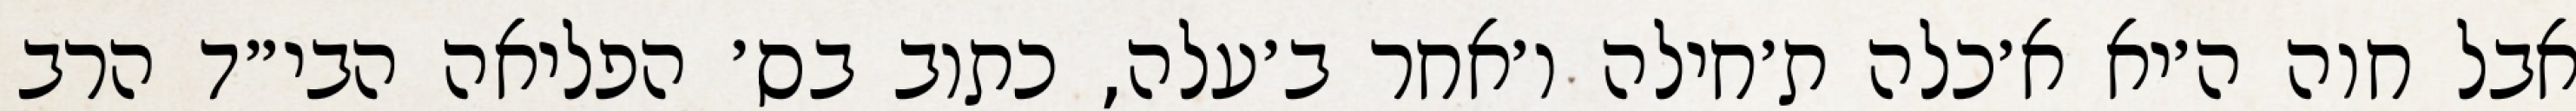
אבל חוה ה׳יא א׳כלה ת׳חילה ו׳אחר ב׳עלה, כתוב בס׳ הפליאה הבי״ד הרב